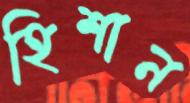
হিশান